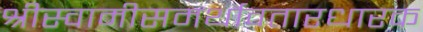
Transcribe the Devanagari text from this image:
श्रीस्वामीसमर्थावतारधारक